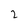
Character: 2